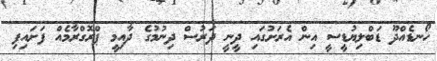
ހޯނޑެއްދޫ ޑަބްލިޔުޑީސީ އިން އެރަށުގައި ދީނީ ދަރުސް ދިނުމުގެ ދާއިމީ ޕްރޮގްރާމެއް ފަށައިފި